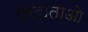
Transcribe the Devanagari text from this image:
प्रदाताओ